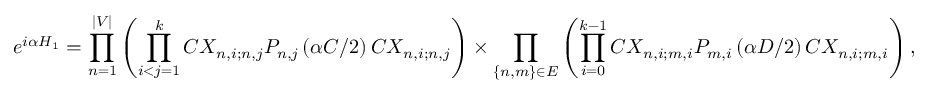
e ^ { i \alpha H _ { 1 } } = \prod _ { n = 1 } ^ { | V | } \left( \prod _ { i < j = 1 } ^ { k } C X _ { n , i ; n , j } P _ { n , j } \left( \alpha C / 2 \right) C X _ { n , i ; n , j } \right) \times \prod _ { \{ n , m \} \in E } \left( \prod _ { i = 0 } ^ { k - 1 } C X _ { n , i ; m , i } P _ { m , i } \left( \alpha D / 2 \right) C X _ { n , i ; m , i } \right) ,